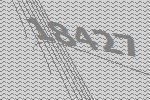
18427